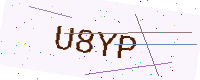
Text: U8YP